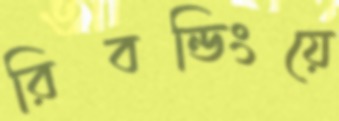
রিবন্ডিংয়ে